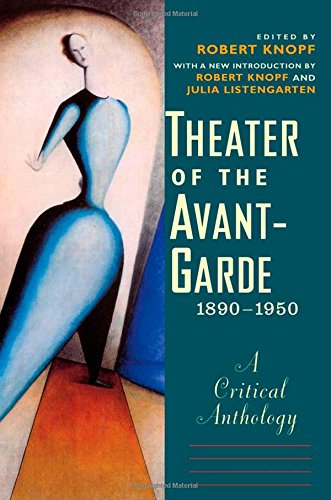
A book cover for Theater of the Avant-Garde, 1890-1950: A Critical Anthology; Literature & Fiction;